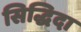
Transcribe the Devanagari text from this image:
सिद्धिदा